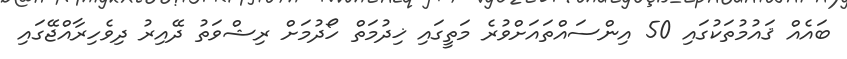
ބައެއް ޤައުމުތަކުގައި 50 އިންސައްތައަށްވުރެ މަތީގައި ޚިދުމަތް ހޯދުމަށް ރިޝްވަތު ދޭއިރު ދިވެހިރާއްޖޭގައި